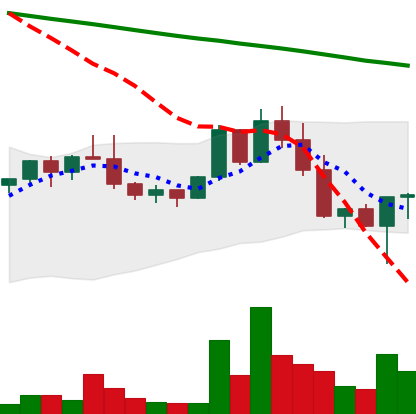
Ticker: NEO-USD
Chart end date: 2022-02-25
Forward return: 11.284%
Label: up_7plus